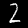
Label: 2